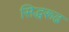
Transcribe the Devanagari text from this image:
सिद्धरूढ